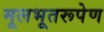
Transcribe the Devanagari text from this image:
मूलभूतरूपेण